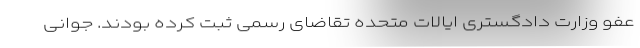
عفو وزارت دادگستری ایالات متحده تقاضای رسمی ثبت کرده بودند. جوانی